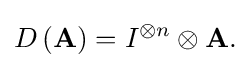
D\left(\mathbf {A} \right)=I^{\otimes n}\otimes \mathbf {A.}